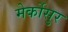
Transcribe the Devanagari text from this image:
मेर्कोसुर